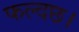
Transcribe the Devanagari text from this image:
फल्दछ।